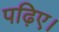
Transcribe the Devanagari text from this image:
पढ़िए।